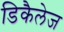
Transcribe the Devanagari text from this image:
डिकैलेज